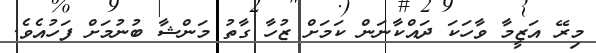
މިރޭ އަޒީމާ ވާހަކަ ދައްކާނަން ކަމަށް ޒުހާ ގާތު މަންޝާ ބުނުމަށް ފަހުއެވެ.